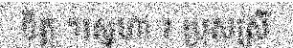
ចិត្ត ។ស្នេហា ៖ ប្រុសស្រី